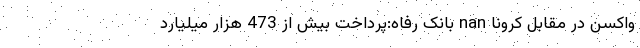
واکسن در مقابل کرونا nan بانک رفاه:پرداخت بیش از 473 هزار میلیارد